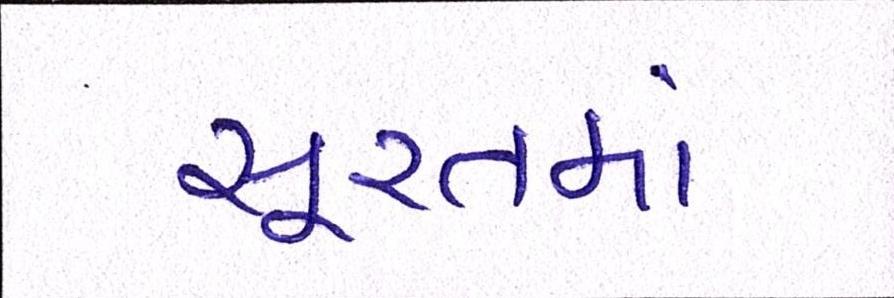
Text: સૂરતમાં